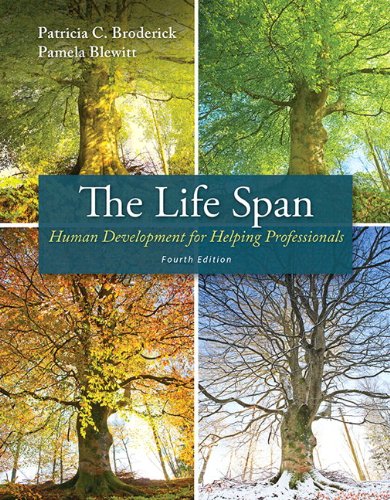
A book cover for The Life Span: Human Development for Helping Professionals with Enhanced Pearson eText -- Access Card Package (4th Edition); Patricia C. Broderick; Medical Books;